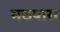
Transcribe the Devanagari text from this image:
मठपारा